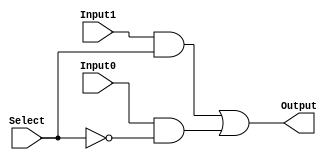
module m21(Output, Input0, Input1, Select);

    output Output;
    input Input0, Input1, Select;
    wire AndOut1, AndOut2, Sbar;

    and (AndOut1, Input1, Select), (AndOut2, Input0, Sbar);
    not (Sbar, Select);
    or (Output, AndOut1, AndOut2);

endmodule